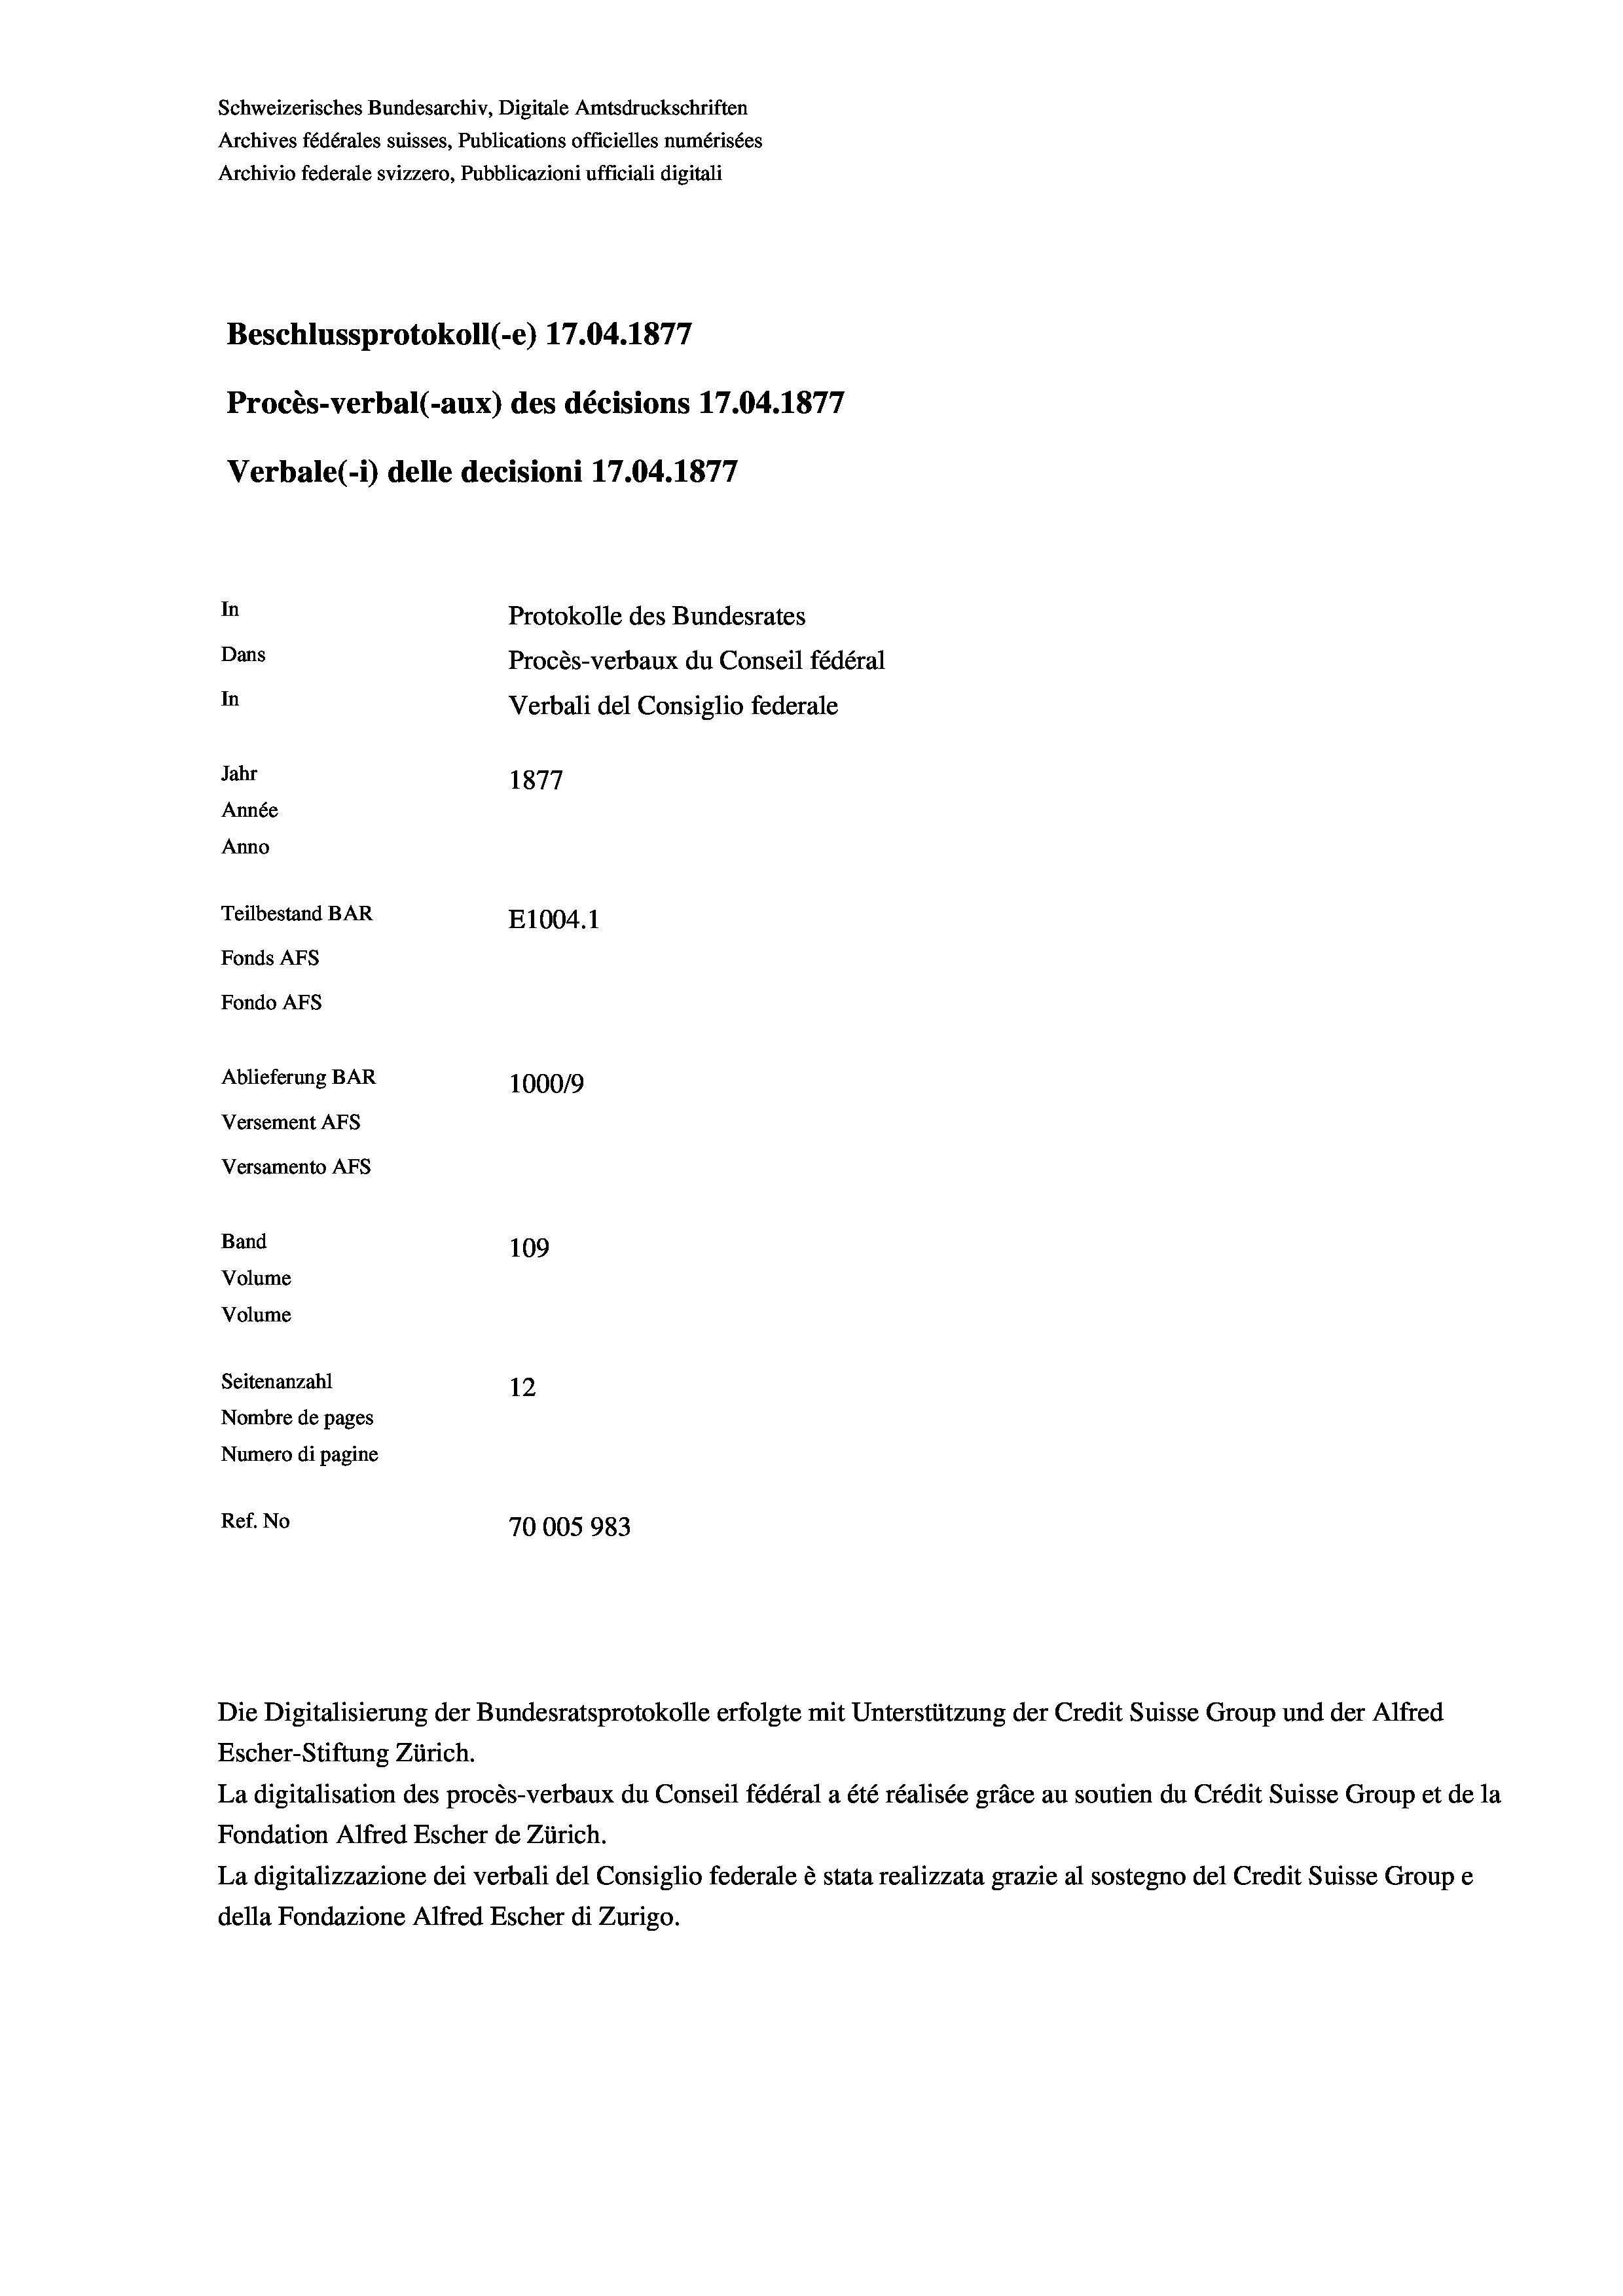
Schweizerisches Bundesarchiv, Digitale Amtsdruckschriften
Archives fédérales suisses, Publications officielles numérisées
Archivio federale svizzero, Pubblicazioni ufficiali digitali
Beschlussprotokoll (-e) 17.04. 1877
Procès-verbal (-aux) des décisions 17.04. 1877
Verbale(-*) delle decisioni 17.04. 1877
In
Protokolle des Bundesrates
Dans
Procès-verbaux du Conseil fédéral
In
Verbali del Consiglio federale
Jahr
1877
Année
Anno
Teilbestand BAR
E1004.1
Fonds AFs
Fondo AFs
Ablieferung BAR
1000/9
Versement Abs
Versamento AFs
Band
109

Seitenanzahl
12
Nombre de pages
Numero di pagine
Ref. No
70005983

Volume
Volume

1

Die Digitalisierung der Bundesratsprotokolle erfolgte mit Unterstützung der Credit Suisse Group und der Alfred
Escher-Stiftung Zürich.
La digitalisation des procès-verbaux du Conseil fédéral a été réalisée gräce au soutien du Crédit Suisse Group et de la
Fondation Alfred Escher de Zürich.
La digitalizzazione dei verbali del Consiglio federale è stata realizzata grazie al sostegno del Credit Suisse Groupe
della Fondazione Alfred Escher di Zurigo.